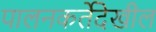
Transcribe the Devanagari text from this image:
पालनकर्तेदेखील